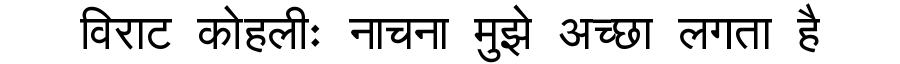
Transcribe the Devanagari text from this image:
विराट कोहलीः नाचना मुझे अच्छा लगता है